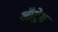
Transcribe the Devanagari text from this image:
ऑट्रेस